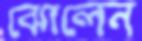
ঝোলেন